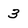
Character: 3